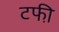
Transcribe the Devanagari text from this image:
टफी़